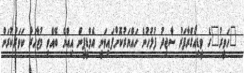
"ހަވީރު"ގެ ވީޑިއޯގްރާފަރު ސާޖިދު ފުލުހުން ހައްޔަރުކޮށްފައިވަނީ އެމްޑީޕީން އިއްޔެ ބޭއްވި މުޒާހަރާ ކަވަރުކުރަން